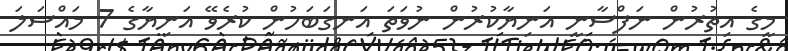
މީގެ އިތުރުން ނަފްސާނީ އަނިޔާކުރުން ނުވަތަ އަނގަބަހުން ކުރެވޭ އަނިޔާގެ 7 މައްސަލަ